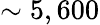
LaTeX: \sim 5,600